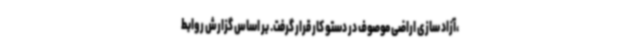
،آزاد سازی اراضی موصوف در دستو کار قرار گرفت. بر اساس گزارش روابط